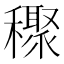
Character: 𥣙